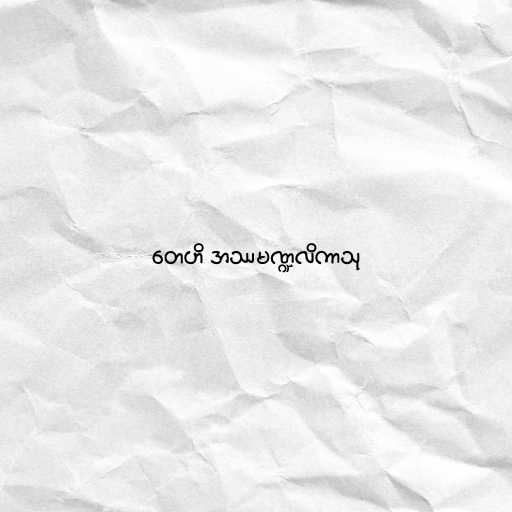
တေဟိ အဿမဏ္ဍလိကာသု